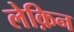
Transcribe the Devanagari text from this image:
लेक़िन